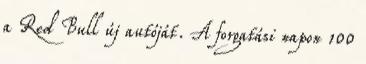
a Red Bull új autóját. A forgatási napon 100